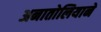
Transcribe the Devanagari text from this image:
अनातोलियाने